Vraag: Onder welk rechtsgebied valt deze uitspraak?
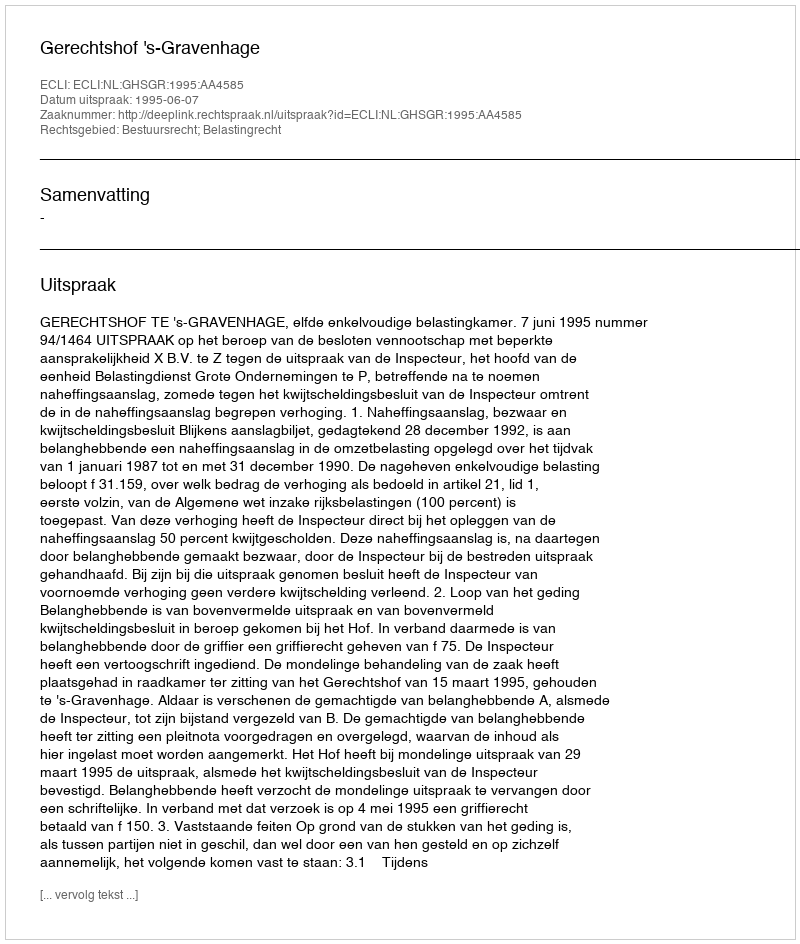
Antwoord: Bestuursrecht; Belastingrecht